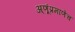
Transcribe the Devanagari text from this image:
अ्णूंप्रमाणेच